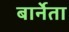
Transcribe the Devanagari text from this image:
बार्नेता